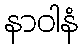
နာဝါနံ